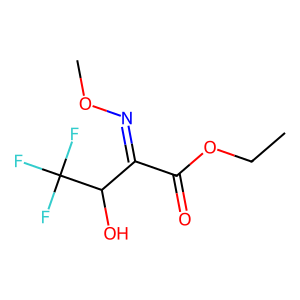
SMILES: CCOC(=O)C(=NOC)C(O)C(F)(F)F
Inhibits HIV replication: No